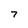
Character: 7